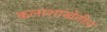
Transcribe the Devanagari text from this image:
कलाशाखेतील